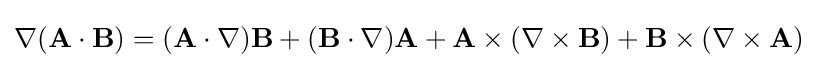
\nabla (\mathbf {A} \cdot \mathbf {B} )=(\mathbf {A} \cdot \nabla )\mathbf {B} +(\mathbf {B} \cdot \nabla )\mathbf {A} +\mathbf {A} \times (\nabla \times \mathbf {B} )+\mathbf {B} \times (\nabla \times \mathbf {A} )